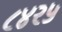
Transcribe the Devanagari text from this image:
८४२५